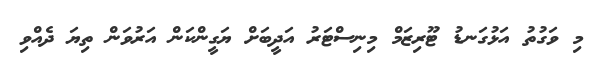
މި ވަގުތު އަޅުގަނޑު ޓޫރިޒަމް މިނިސްޓަރު އަދީބަށް ޔަގީންކަން އަރުވަން ތިޔަ ދެއްވި